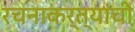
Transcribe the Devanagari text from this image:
रचनाकर्त्यांची